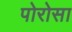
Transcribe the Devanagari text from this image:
पोरोसा